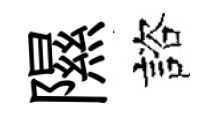
隰諮